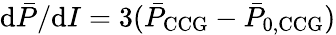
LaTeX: \mathrm{d}\bar{P}/\mathrm{d}I=3(\bar{P}_{\mathrm{CCG}}-\bar{P}_{\mathrm{0,CCG}})